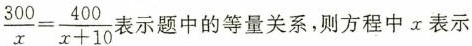
$$\frac{300}{x}= \frac{400}{x+10}$$ 表示题中的等量关系，则方程中x表示